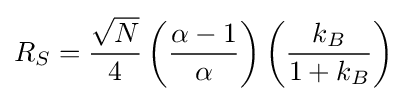
R_{S}={\frac {\sqrt {N}}{4}}\left({\frac {\alpha -1}{\alpha }}\right)\left({\frac {k_{B}}{1+k_{B}}}\right)